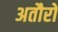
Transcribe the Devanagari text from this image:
अतौरो